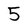
Character: 5